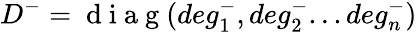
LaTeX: D^{-}=\mathrm{~d~i~a~g~}(deg_{1}^{-},deg_{2}^{-}...deg_{n}^{-})